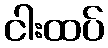
ငါးထပ်